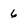
Character: 6